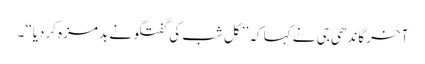
آخر گاندھی جی نے کہا کہ ’’کل شب کی گفتگو نے بدمزہ کردیا‘‘۔